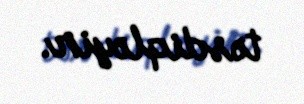
təsdiqləyir.